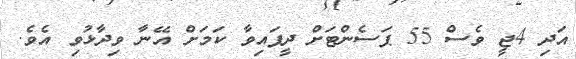
އަދި 4ޖީ ވެސް 55 ޕަސެންޓަށް ދީފައިވާ ކަމަށް އޭނާ ވިދާޅުވި އެވެ.